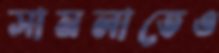
সামলাতেও